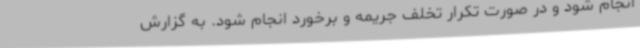
انجام شود و در صورت تکرار تخلف جریمه و برخورد انجام شود. به گزارش